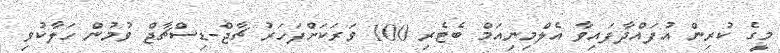
މީގެ ކުރިން އުފައްދާފައިވާ އެލްމިނިއަމް ބެޓެރި 100 ވަރަކަަށްފަހަރު ޗާޖް-ޑިސްޗާޖް ވުމުން ހަލާކުވި